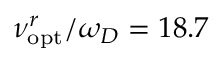
\nu _ { \mathrm { o p t } } ^ { r } / \omega _ { D } = 1 8 . 7